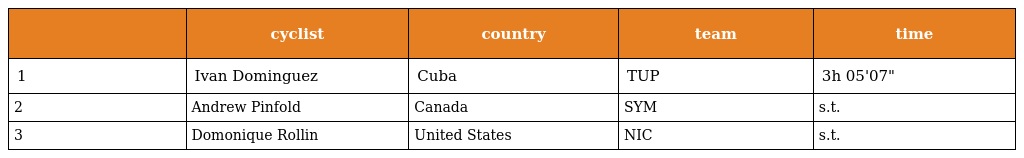
|  | cyclist | country | team | time |
 | --- | --- | --- | --- | --- |
 | 1 | Ivan Dominguez | Cuba | TUP | 3h 05'07" |
 | 2 | Andrew Pinfold | Canada | SYM | s.t. |
 | 3 | Domonique Rollin | United States | NIC | s.t. |